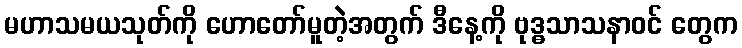
မဟာသမယသုတ်ကို ဟောတော်မူတဲ့အတွက် ဒီနေ့ကို ဗုဒ္ဓသာသနာဝင် တွေက